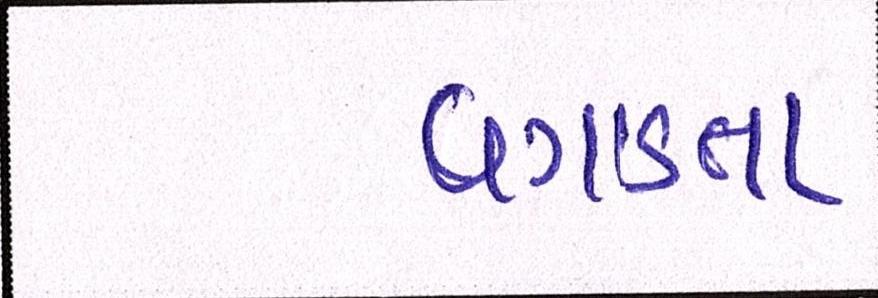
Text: વગાડતા